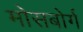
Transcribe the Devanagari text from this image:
मोसबोर्ग